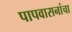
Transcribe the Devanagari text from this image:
पापवासनांचा